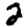
Digit: 2